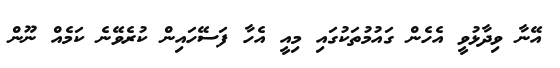
އޭނާ ވިދާޅުވީ އެހެން ގައުމުތަކުގައި މިއީ އެހާ ފަސޭހައިން ކުރެވޭނެ ކަމެއް ނޫން